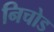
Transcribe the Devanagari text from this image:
निचोड